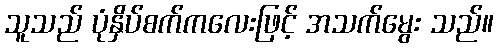
သူသည် ပုံနှိပ်စက်ကလေးဖြင့် အသက်မွေး သည်။